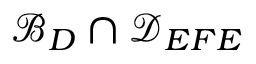
\mathcal { B } _ { D } \cap \mathcal { D } _ { E F E }